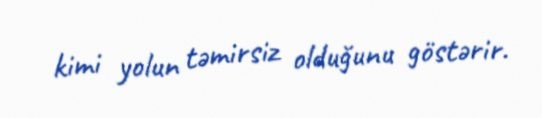
kimi yolun təmirsiz olduğunu göstərir.